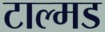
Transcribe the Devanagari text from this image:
टाल्मड